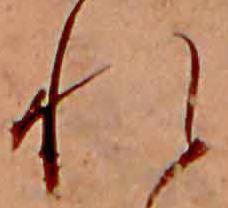
れ